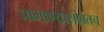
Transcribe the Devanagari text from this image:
प्रामाण्यासोबतच